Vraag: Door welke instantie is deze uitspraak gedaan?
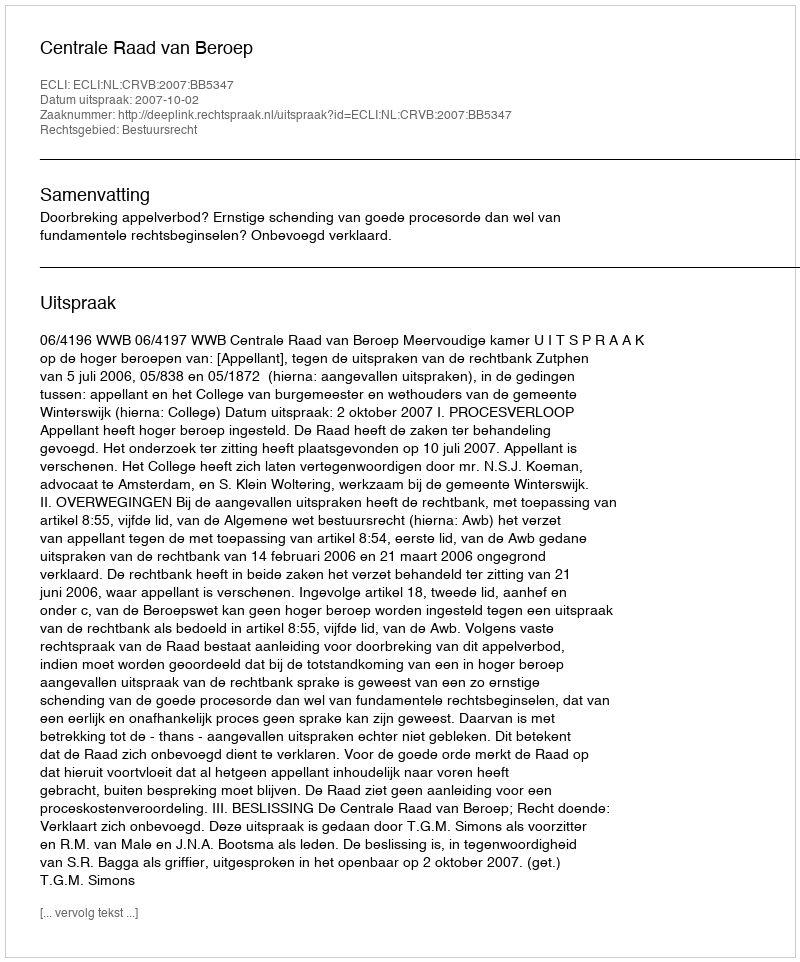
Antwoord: Centrale Raad van Beroep